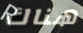
هناك